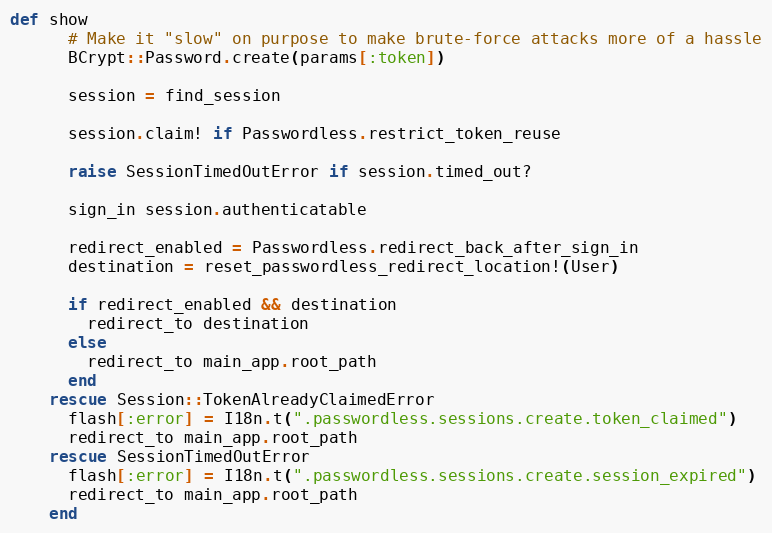
Language: Ruby
def show
      # Make it "slow" on purpose to make brute-force attacks more of a hassle
      BCrypt::Password.create(params[:token])

      session = find_session

      session.claim! if Passwordless.restrict_token_reuse

      raise SessionTimedOutError if session.timed_out?

      sign_in session.authenticatable

      redirect_enabled = Passwordless.redirect_back_after_sign_in
      destination = reset_passwordless_redirect_location!(User)

      if redirect_enabled && destination
        redirect_to destination
      else
        redirect_to main_app.root_path
      end
    rescue Session::TokenAlreadyClaimedError
      flash[:error] = I18n.t(".passwordless.sessions.create.token_claimed")
      redirect_to main_app.root_path
    rescue SessionTimedOutError
      flash[:error] = I18n.t(".passwordless.sessions.create.session_expired")
      redirect_to main_app.root_path
    end